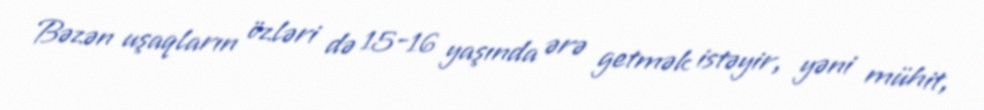
Bəzən uşaqların özləri də 15-16 yaşında ərə getmək istəyir, yəni mühit,